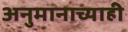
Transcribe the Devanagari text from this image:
अनुमानाच्याही